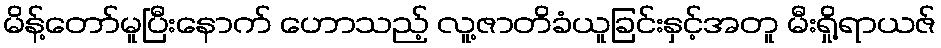
မိန့်တော်မူပြီးနောက် ဟောသည့် လူ့ဇာတိခံယူခြင်းနှင့်အတူ မီးရှို့ရာယဇ်